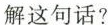
解这句话?